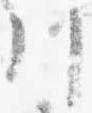
川